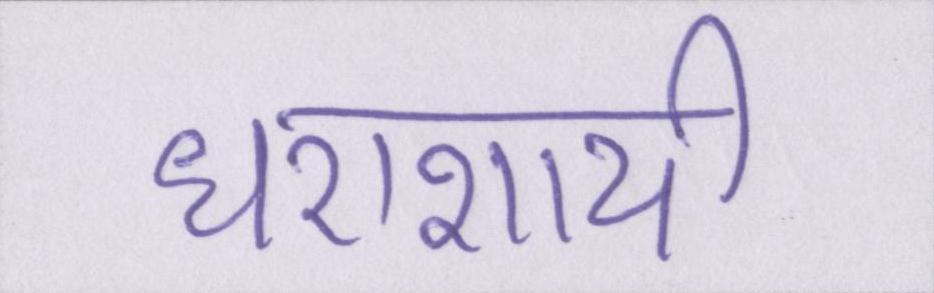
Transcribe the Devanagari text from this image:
धराशायी